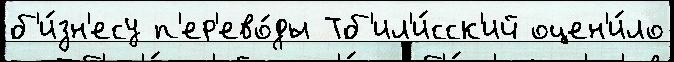
б'и́зн'есу п'ер'ево́ды Тб'ил'и́сск'ий оцен'и́ло